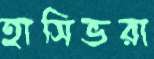
হাসিভরা